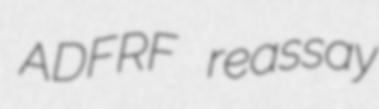
ADFRF reassay